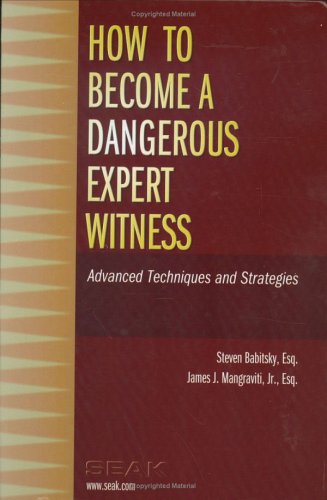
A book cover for How to Become a Dangerous Expert Witness: Advanced Techniques and Strategies; Steven Babitsky; Law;